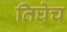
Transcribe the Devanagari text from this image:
तिघेच